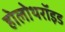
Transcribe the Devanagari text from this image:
होलोथरॉइड